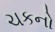
ચકનો